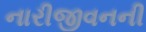
નારીજીવનની